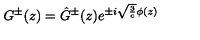
G ^ { \pm } ( z ) = \hat { G } ^ { \pm } ( z ) e ^ { \pm i { \sqrt { { \frac { 3 } { c } } } } \phi ( z ) }